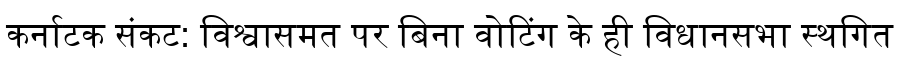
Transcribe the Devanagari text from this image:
कर्नाटक संकट: विश्वासमत पर बिना वोटिंग के ही विधानसभा स्थगित